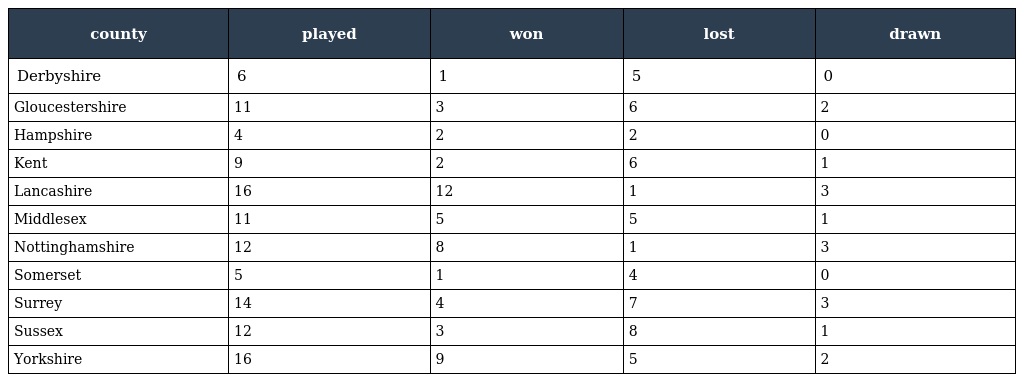
| county | played | won | lost | drawn |
 | --- | --- | --- | --- | --- |
 | Derbyshire | 6 | 1 | 5 | 0 |
 | Gloucestershire | 11 | 3 | 6 | 2 |
 | Hampshire | 4 | 2 | 2 | 0 |
 | Kent | 9 | 2 | 6 | 1 |
 | Lancashire | 16 | 12 | 1 | 3 |
 | Middlesex | 11 | 5 | 5 | 1 |
 | Nottinghamshire | 12 | 8 | 1 | 3 |
 | Somerset | 5 | 1 | 4 | 0 |
 | Surrey | 14 | 4 | 7 | 3 |
 | Sussex | 12 | 3 | 8 | 1 |
 | Yorkshire | 16 | 9 | 5 | 2 |